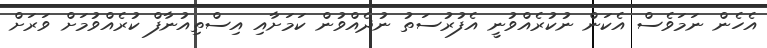
އެެހެން ނަމަވެސް އެކަން ނުކުރެއްވުނީ އެފުރުސަތު ނުދެއްވުން ކަމަށާއި އިސްތިއުނާފް ކުރެއްވުމަށް ވަރަށް